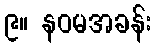
၉။ နဝမအခန်း